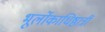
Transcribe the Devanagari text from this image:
भूर्लोकाधिष्ठात्रीं